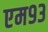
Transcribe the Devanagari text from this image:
एम९३